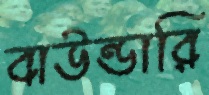
বাউন্ডারি